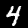
Label: 4